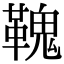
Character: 𩌃